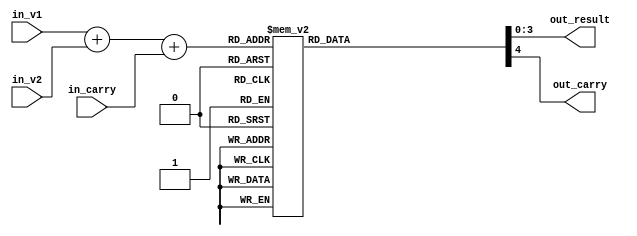
`ifndef DECIMAL_ADDER_V
`define DECIMAL_ADDER_V
/**
 * @brief 
 * @param in_carry 01
 * @param in_v1 1
 * @param in_v2 2
 * @param out_result [0, 9]
 * @param out_carray 
 * @note
 * 4bit10..
 * ()
 */
module DecimalAdder(
    input wire in_carry,
    input wire [3:0] in_v1,
    input wire [3:0] in_v2,
    output wire [3:0] out_result,
    output wire out_carry
);
    reg [4:0] _r_added;
    reg [3:0] _r_result;
    reg _r_carry;

    always @(*) begin
        _r_added = {1'b0, in_v1} + {1'b0, in_v2} + {4'b0000, in_carry};
        case (_r_added)
        5'd0: begin
            _r_result = 4'd0;
            _r_carry = 1'b0;
        end
        5'd1: begin
            _r_result = 4'd1;
            _r_carry = 1'b0;
        end
        5'd2: begin
            _r_result = 4'd2;
            _r_carry = 1'b0;
        end
        5'd3: begin
            _r_result = 4'd3;
            _r_carry = 1'b0;
        end
        5'd4: begin
            _r_result = 4'd4;
            _r_carry = 1'b0;
        end
        5'd5: begin
            _r_result = 4'd5;
            _r_carry = 1'b0;
        end
        5'd6: begin
            _r_result = 4'd6;
            _r_carry = 1'b0;
        end
        5'd7: begin
            _r_result = 4'd7;
            _r_carry = 1'b0;
        end
        5'd8: begin
            _r_result = 4'd8;
            _r_carry = 1'b0;
        end
        5'd9: begin
            _r_result = 4'd9;
            _r_carry = 1'b0;
        end
        5'd10: begin
            _r_result = 4'd0;
            _r_carry = 1'b1;
        end
        5'd11: begin
            _r_result = 4'd1;
            _r_carry = 1'b1;
        end
        5'd12: begin
            _r_result = 4'd2;
            _r_carry = 1'b1;
        end
        5'd13: begin
            _r_result = 4'd3;
            _r_carry = 1'b1;
        end
        5'd14: begin
            _r_result = 4'd4;
            _r_carry = 1'b1;
        end
        5'd15: begin
            _r_result = 4'd5;
            _r_carry = 1'b1;
        end
        5'd16: begin
            _r_result = 4'd6;
            _r_carry = 1'b1;
        end
        5'd17: begin
            _r_result = 4'd7;
            _r_carry = 1'b1;
        end
        5'd18: begin
            _r_result = 4'd8;
            _r_carry = 1'b1;
        end
        5'd19: begin
            _r_result = 4'd9;
            _r_carry = 1'b1;
        end
        default: begin
            _r_result = 4'd0;
            _r_carry = 1'b0;
        end
        endcase
    end

    assign out_result = _r_result;
    assign out_carry = _r_carry;

endmodule

`endif ///< DECIMAL_ADDER_V